Annual report of the Bengal Veterinary College and of the Civil Veterinary Department, Bengal, for the year 1914-1915 - 1914-1915
Year: 1914
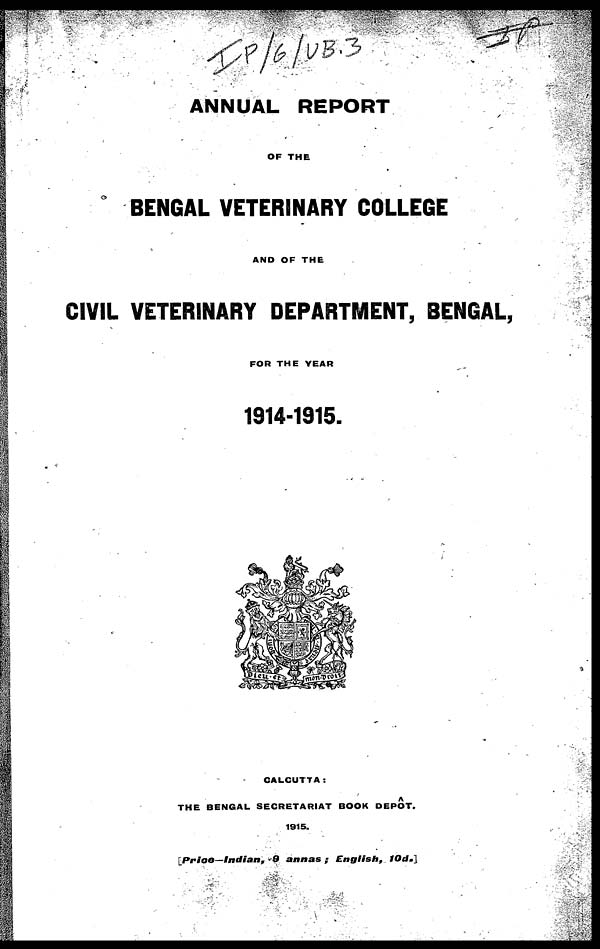
ANNUAL REPORT
OF THE
BENGAL VETERINARY COLLEGE
AND OF THE
CIVIL VETERINARY DEPARTMENT, BENGAL,
FOR THE YEAR
1914-1915.
CALCUTTA:
THE BENGAL SECRETARIAT BOOK DEPOT.
1915.
[Price—Indian, 9 annas ; English, 10d.]